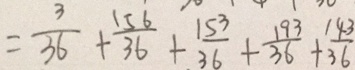
= \frac { 3 } { 3 6 } + \frac { 1 5 6 } { 3 6 } + \frac { 1 5 3 } { 3 6 } + \frac { 1 9 3 } { 3 6 } + \frac { 1 4 3 } { 3 6 }